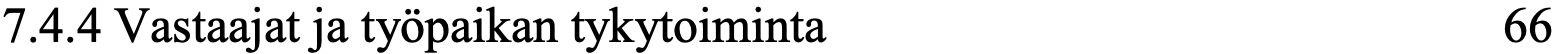
7.4.4 Vastaajat ja työpaikan tykytoiminta         66